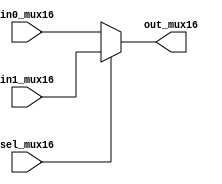
module myMUX16 (in0_mux16, in1_mux16, sel_mux16, out_mux16);
  input [15:0] in0_mux16, in1_mux16;
  input sel_mux16;
  output [15:0] out_mux16;
  
  assign out_mux16 = sel_mux16 ? in1_mux16 : in0_mux16;
endmodule